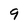
Character: 9